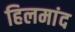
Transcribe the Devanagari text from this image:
हिलमांद